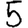
Digit: 5